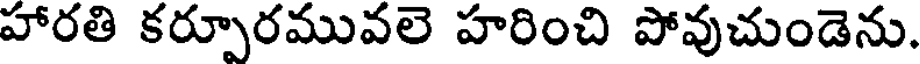
హారతి కర్పూరమువలె హరించి పోవుచుండెను.